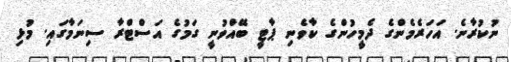
ނުކުރާނެ. އަހަރެމެންގެ ދެމީހުންގެ ކާވެނި ޕާޓީ ބޭއްވުނީ ގަމުގެ އަސްޓްރާ ސިނަމާގައި. މުޅި